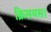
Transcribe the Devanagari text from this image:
क्रिसमस।